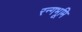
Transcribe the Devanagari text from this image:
रन्गभूमि